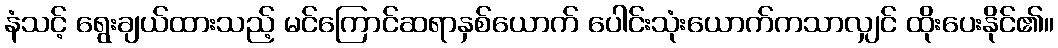
နံသင့် ရွေးချယ်ထားသည့် မင်ကြောင်ဆရာနှစ်ယောက် ပေါင်းသုံးယောက်ကသာလျှင် ထိုးပေးနိုင်၏။